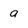
Character: a